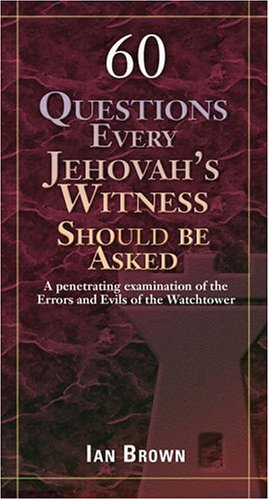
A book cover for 60 Questions Every Jehovah's Witness Should Be Asked: A Penetrating Examination of the Errors and Evils of the Watchtower; Ian Brown; Christian Books & Bibles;